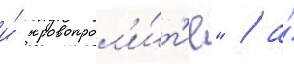
и́ кровопрол'и́т'ие" / а́